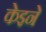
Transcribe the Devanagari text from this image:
केइने